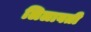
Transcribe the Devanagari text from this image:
लिलावती